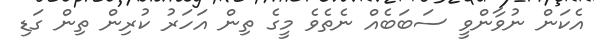
އެކަން ނުވާންވީ ސަބަބެއް ނެތެވެ މީގެ ތިން އަހަރު ކުރިން ތިން ގަޑި